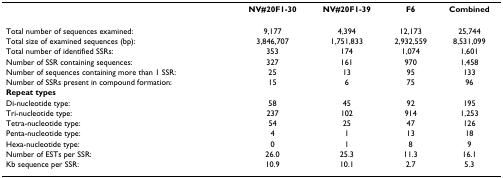
<table><thead><tr><td></td><td><b>NV#20F1-30</b></td><td><b>NV#20F1-39</b></td><td><b>F6</b></td><td><b>Combined</b></td></tr></thead><tbody><tr><td>Total number of sequences examined:</td><td>9,177</td><td>4,394</td><td>12,173</td><td>25,744</td></tr><tr><td>Total size of examined sequences (bp):</td><td>3,846,707</td><td>1,751,833</td><td>2,932,559</td><td>8,531,099</td></tr><tr><td>Total number of identified SSRs:</td><td>353</td><td>174</td><td>1,074</td><td>1,601</td></tr><tr><td>Number of SSR containing sequences:</td><td>327</td><td>161</td><td>970</td><td>1,458</td></tr><tr><td>Number of sequences containing more than 1 SSR:</td><td>25</td><td>13</td><td>95</td><td>133</td></tr><tr><td>Number of SSRs present in compound formation:</td><td>15</td><td>6</td><td>75</td><td>96</td></tr><tr><td><b>Repeat types</b></td><td></td><td></td><td></td><td></td></tr><tr><td>Di-nucleotide type:</td><td>58</td><td>45</td><td>92</td><td>195</td></tr><tr><td>Tri-nucleotide type:</td><td>237</td><td>102</td><td>914</td><td>1,253</td></tr><tr><td>Tetra-nucleotide type:</td><td>54</td><td>25</td><td>47</td><td>126</td></tr><tr><td>Penta-nucleotide type:</td><td>4</td><td>1</td><td>13</td><td>18</td></tr><tr><td>Hexa-nucleotide type:</td><td>0</td><td>1</td><td>8</td><td>9</td></tr><tr><td>Number of ESTs per SSR:</td><td>26.0</td><td>25.3</td><td>11.3</td><td>16.1</td></tr><tr><td>Kb sequence per SSR:</td><td>10.9</td><td>10.1</td><td>2.7</td><td>5.3</td></tr></tbody></table>